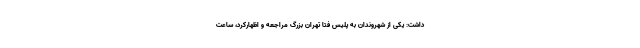
داشت: یکی از شهروندان به پلیس فتا تهران بزرگ مراجعه و اظهارکرد، ساعت